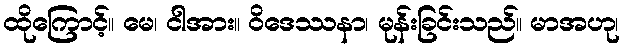
ထိုကြောင့်။ မေ၊ ငါအား။ ဝိဒေဿနာ၊ မုန်းခြင်းသည်။ မာအဟု၊